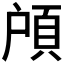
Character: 𱂔